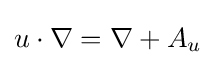
u\cdot \nabla =\nabla +A_{u}